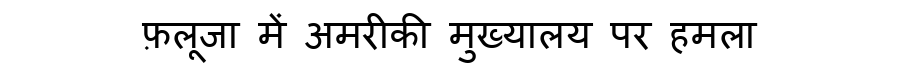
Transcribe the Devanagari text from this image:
फ़लूजा में अमरीकी मुख्यालय पर हमला